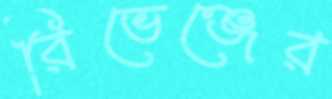
রিভেঞ্জের